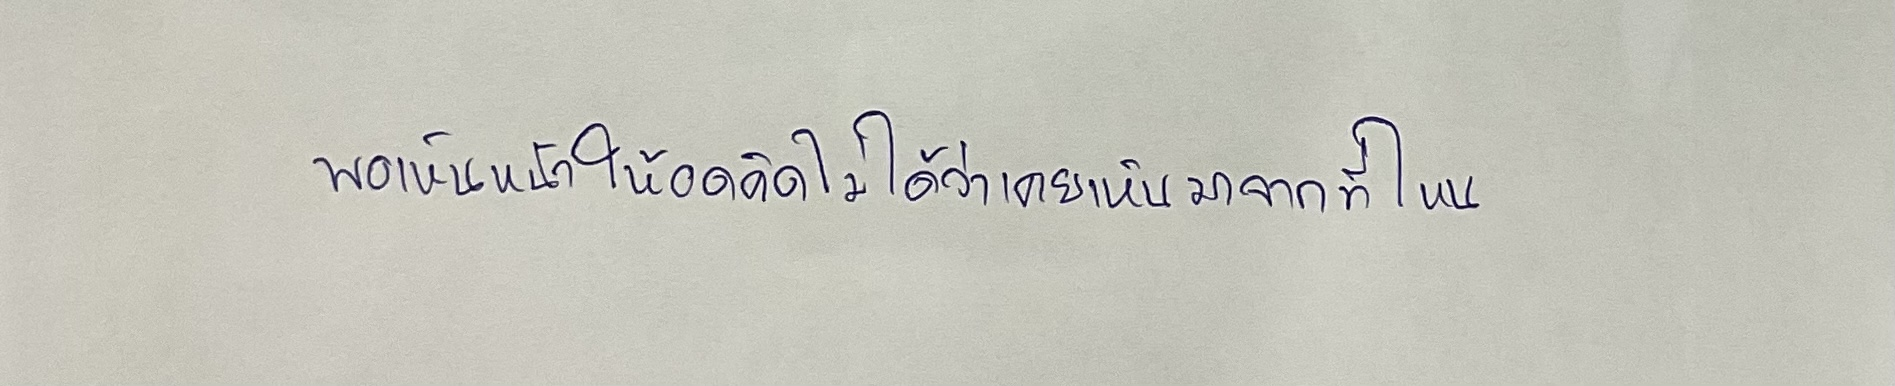
พอเห็นหน้าให้อดคิดไม่ได้ว่าเคยเห็นมาจากที่ไหน"